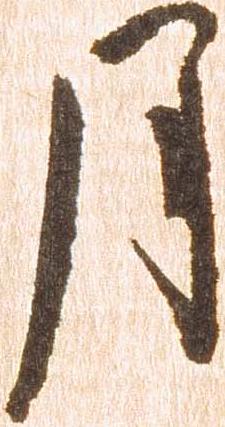
月